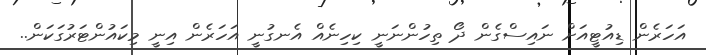
އަހަރެން ޑިއުޓީއަށް ނައިސްގެން ދޯ ތިހުންނަނީ ކިހިނެއް އެނގުނީ އަހަރެން އިނީ މިކައުންޓަރުގަކަން..